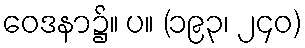
ဝေဒနာ၌။ ပ။ (၁၉၃၊ ၂၄၀)